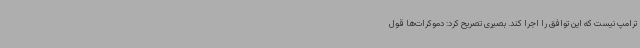
ترامپ نیست که این توافق را اجرا کند. بصیری تصریح کرد: دموکرات‌ها قول